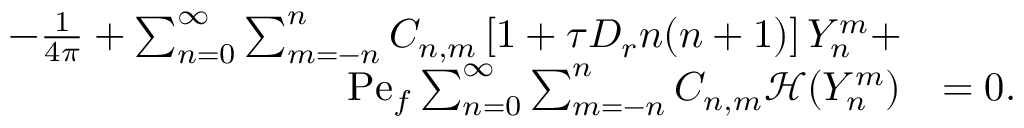
\begin{array} { r l } { - \frac { 1 } { 4 \pi } + \sum _ { n = 0 } ^ { \infty } \sum _ { m = - n } ^ { n } C _ { n , m } \left[ 1 + \tau D _ { r } n ( n + 1 ) \right] Y _ { n } ^ { m } + } & { } \\ { \mathrm { P e } _ { f } \sum _ { n = 0 } ^ { \infty } \sum _ { m = - n } ^ { n } C _ { n , m } \mathcal { H } ( Y _ { n } ^ { m } ) } & { = 0 . } \end{array}